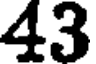
43